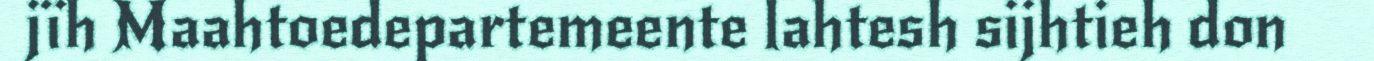
jïh Maahtoedepartemeente lahtesh sijhtieh don